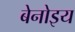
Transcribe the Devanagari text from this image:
बेनोइय